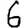
Digit: 6